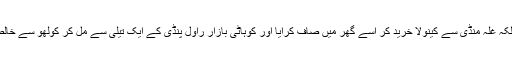
صرف اسی پر اکتفا نہ کیا بلکہ غلہ منڈی سے کینولا خرید کر اسے گھر میں صاف کرایا اور کوہاٹی بازار راول پنڈی کے ایک تیلی سے مل کر کولھو سے خالص کینولا کا تیل نکلوا لائے۔